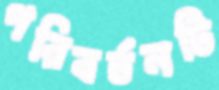
পরিবর্তনটি